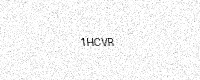
Text: 1HCVR